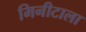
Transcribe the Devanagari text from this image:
मिनीटाला